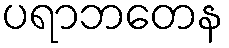
ပရာဘတေန